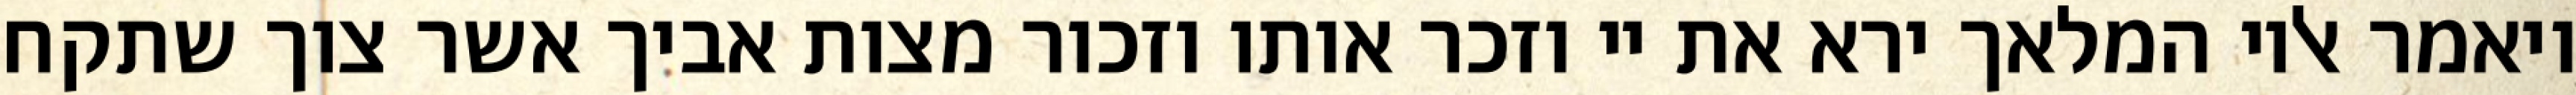
ויאמר אליו המלאך ירא את יי וזכר אותו וזכור מצות אביך אשר צוך שתקח